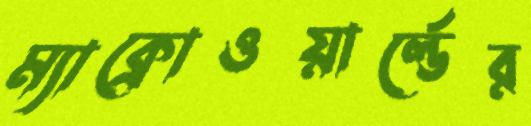
ম্যাক্রোওয়ার্ল্ডের